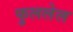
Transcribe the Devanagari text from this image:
फुललेल